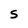
Character: S